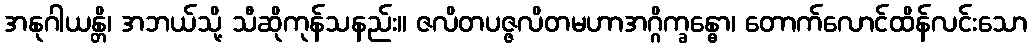
အနုဂါယန္တိ၊ အဘယ်သို့ သီဆိုကုန်သနည်း။ ဇလိတပဇ္ဇလိတမဟာအဂ္ဂိက္ခန္ဓော၊ တောက်လောင်ထိန်လင်းသော